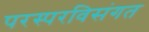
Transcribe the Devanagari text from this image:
परस्परविसंगत